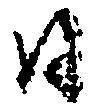
日